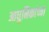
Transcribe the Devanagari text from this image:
आधुनिकांच्या